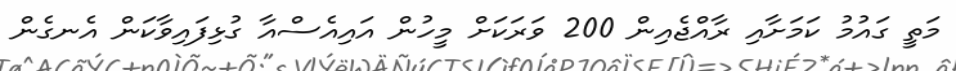
މަތީ ގައުމު ކަމަށާއި ރާއްޖެއިން 200 ވަރަކަށް މީހުން އައިއެސްއާ ގުޅިފައިވާކަން އެނގެން